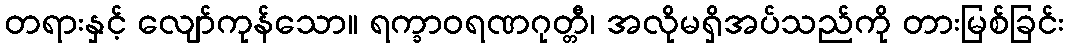
တရားနှင့် လျော်ကုန်သော။ ရက္ခာဝရဏဂုတ္တီ၊ အလိုမရှိအပ်သည်ကို တားမြစ်ခြင်း